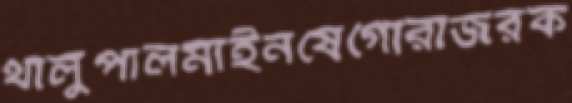
থালুপালমাইনষেগোরাজরক